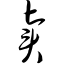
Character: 卖